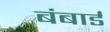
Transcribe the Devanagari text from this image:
बंबार्ड